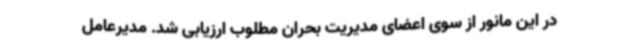
در این مانور از سوی اعضای مدیریت بحران مطلوب ارزیابی شد. مدیرعامل